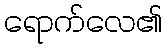
ရောက်လေ၏